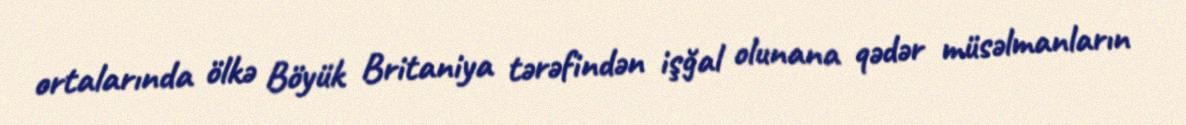
ortalarında ölkə Böyük Britaniya tərəfindən işğal olunana qədər müsəlmanların